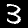
Digit: 3